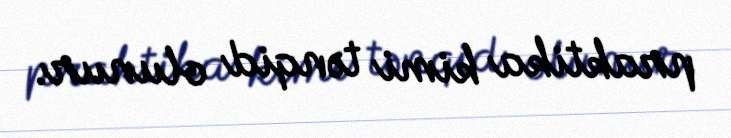
praktika kimi tənqid olunur.